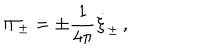
\Pi _ { \pm } = \pm { \frac { 1 } { 4 \pi } } \dot { \xi } _ { \pm } \, ,